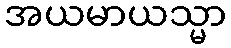
အယမာယသ္မာ